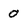
Character: 0